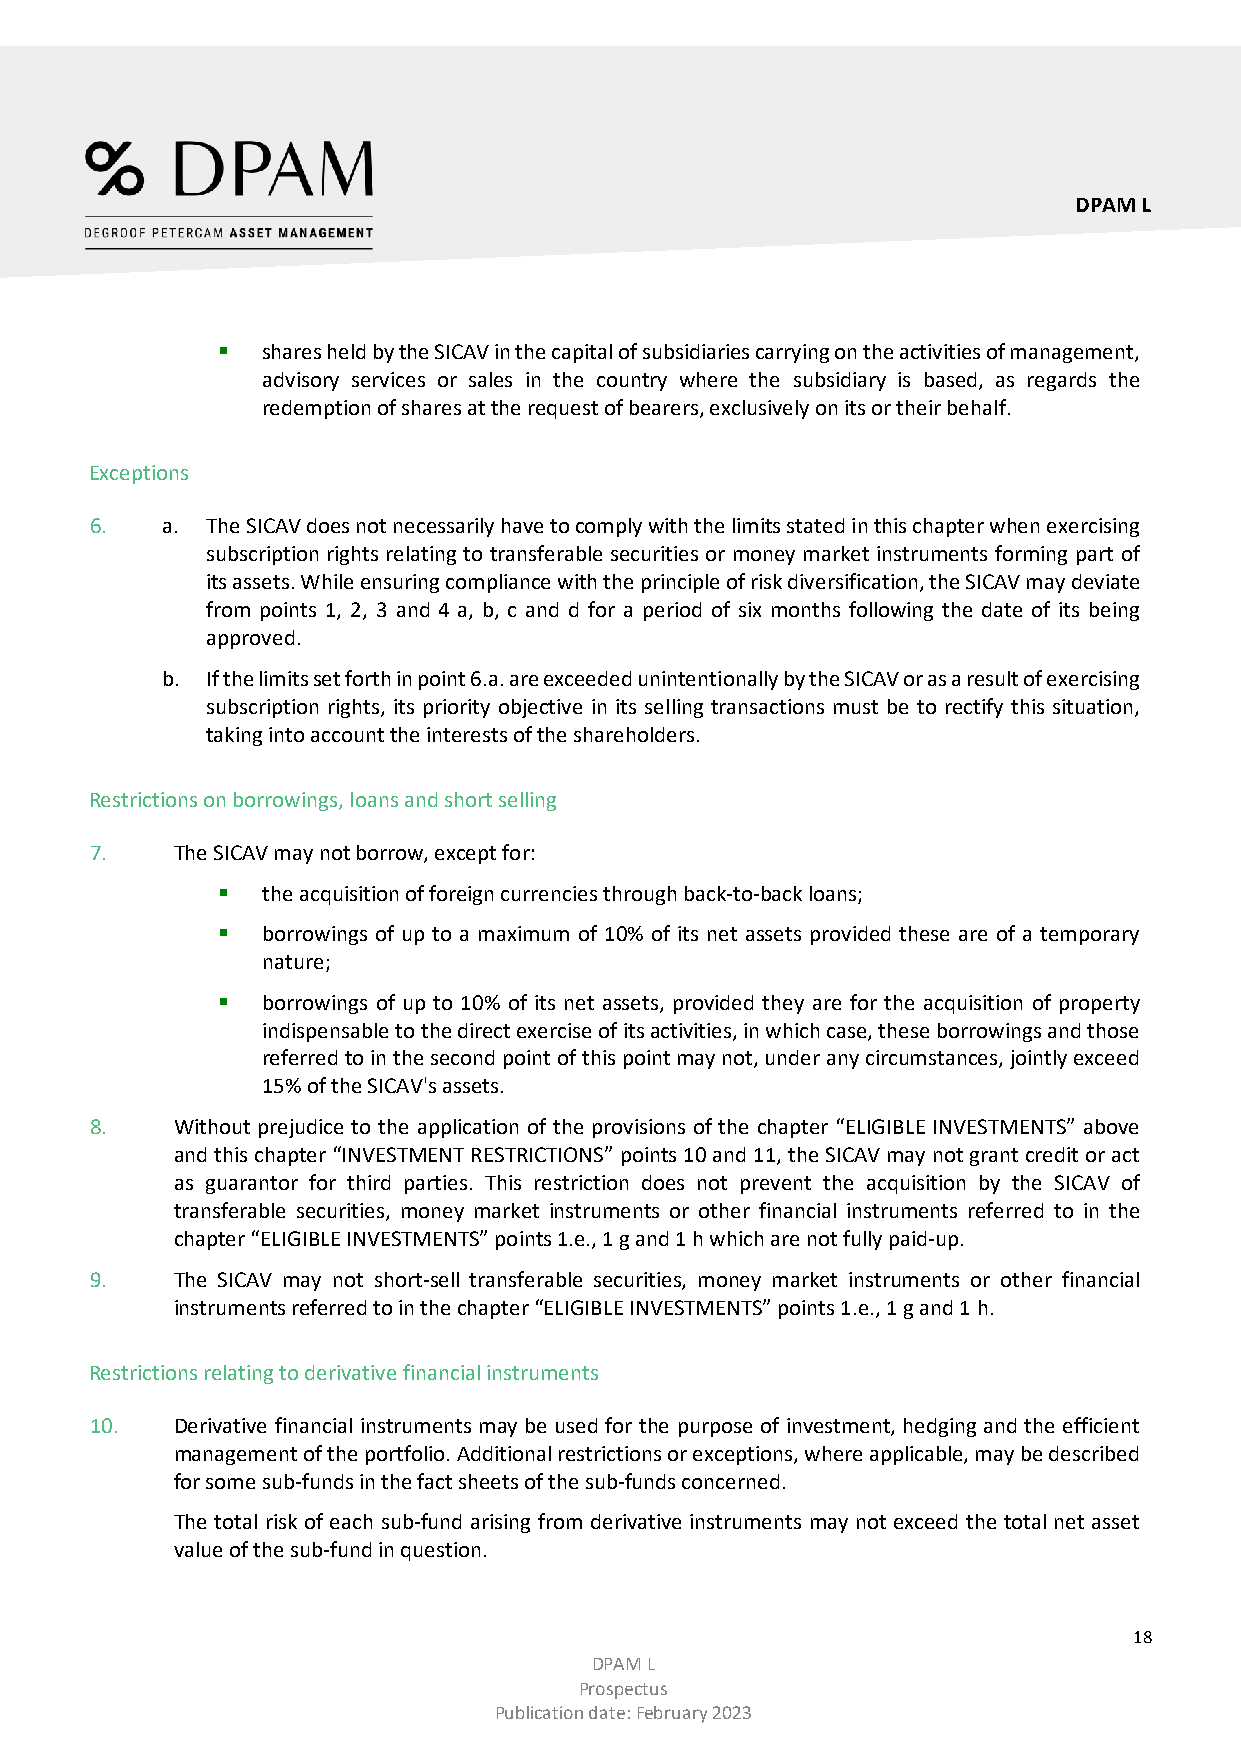
DPAM L
   shares held by the SICAV in the capital of subsidiaries carrying on the activities of management,
 advisory services or sales in the country where the subsidiary is based, as regards the
 redemption of shares at the request of bearers, exclusively on its or their behalf.
 Exceptions
 6.   a. The SICAV does not necessarily have to comply with the limits stated in this chapter when exercising
 subscription rights relating to transferable securities or money market instruments forming part of
 its assets. While ensuring compliance with the principle of risk diversification, the SICAV may deviate
 from points 1, 2, 3 and 4 a, b, c and d for a period of six months following the date of its being
 approved.
 b. If the limits set forth in point 6.a. are exceeded unintentionally by the SICAV or as a result of exercising
 subscription rights, its priority objective in its selling transactions must be to rectify this situation,
 taking into account the interests of the shareholders.
 Restrictions on borrowings, loans and short selling
 7.    The SICAV may not borrow, except for:
   the acquisition of foreign currencies through back-to-back loans;
   borrowings of up to a maximum of 10% of its net assets provided these are of a temporary
 nature;
   borrowings of up to 10% of its net assets, provided they are for the acquisition of property
 indispensable to the direct exercise of its activities, in which case, these borrowings and those
 referred to in the second point of this point may not, under any circumstances, jointly exceed
 15% of the SICAV's assets.
 8.    Without prejudice to the application of the provisions of the chapter “ELIGIBLE INVESTMENTS” above
 and this chapter “INVESTMENT RESTRICTIONS” points 10 and 11, the SICAV may not grant credit or act
 as guarantor for third parties. This restriction does not prevent the acquisition by the SICAV of
 transferable securities, money market instruments or other financial instruments referred to in the
 chapter “ELIGIBLE INVESTMENTS” points 1.e., 1 g and 1 h which are not fully paid-up.
 9.    The SICAV may not short-sell transferable securities, money market instruments or other financial
 instruments referred to in the chapter “ELIGIBLE INVESTMENTS” points 1.e., 1 g and 1 h.
 Restrictions relating to derivative financial instruments
 10.   Derivative financial instruments may be used for the purpose of investment, hedging and the efficient
 management of the portfolio. Additional restrictions or exceptions, where applicable, may be described
 for some sub-funds in the fact sheets of the sub-funds concerned.
 The total risk of each sub-fund arising from derivative instruments may not exceed the total net asset
 value of the sub-fund in question.
 18
 DPAM L
 Prospectus
 Publication date: February 2023